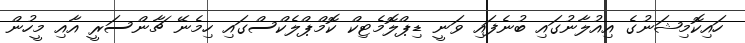
ހައިކޮމިޝަނުގެ އިއުލާނުގައި ބުނެފައި ވަނީ ޑިޕްލޮމެޓިކް ކޮމްޕްލެކްސްގައި ހިމެނޭ ޗާންސަރީ އާއި މީހުން